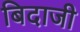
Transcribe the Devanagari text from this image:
बिदाजी